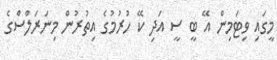
މީގައި ވިޓަމިން އޭ ބީ ސީ އަދި ކޭ ހުރުމުގެ އިތުރުން މިނަރަލްސްގެ